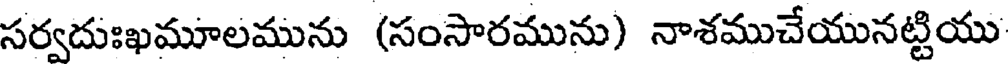
సర్వదుఃఖమూలమును (సంసారమును) నాశముచేయునట్టియు